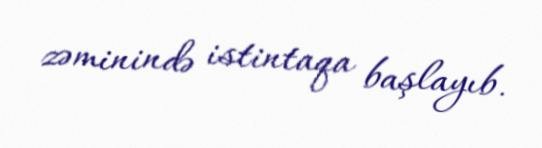
zəminində istintaqa başlayıb.